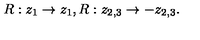
R : z _ { 1 } \rightarrow z _ { 1 } , R : z _ { 2 , 3 } \rightarrow - z _ { 2 , 3 } .